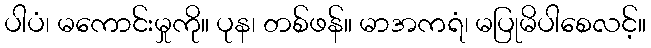
ပါပံ၊ မကောင်းမှုကို။ ပုန၊ တစ်ဖန်။ မာအကရံ၊ မပြုမိပါစေလင့်။